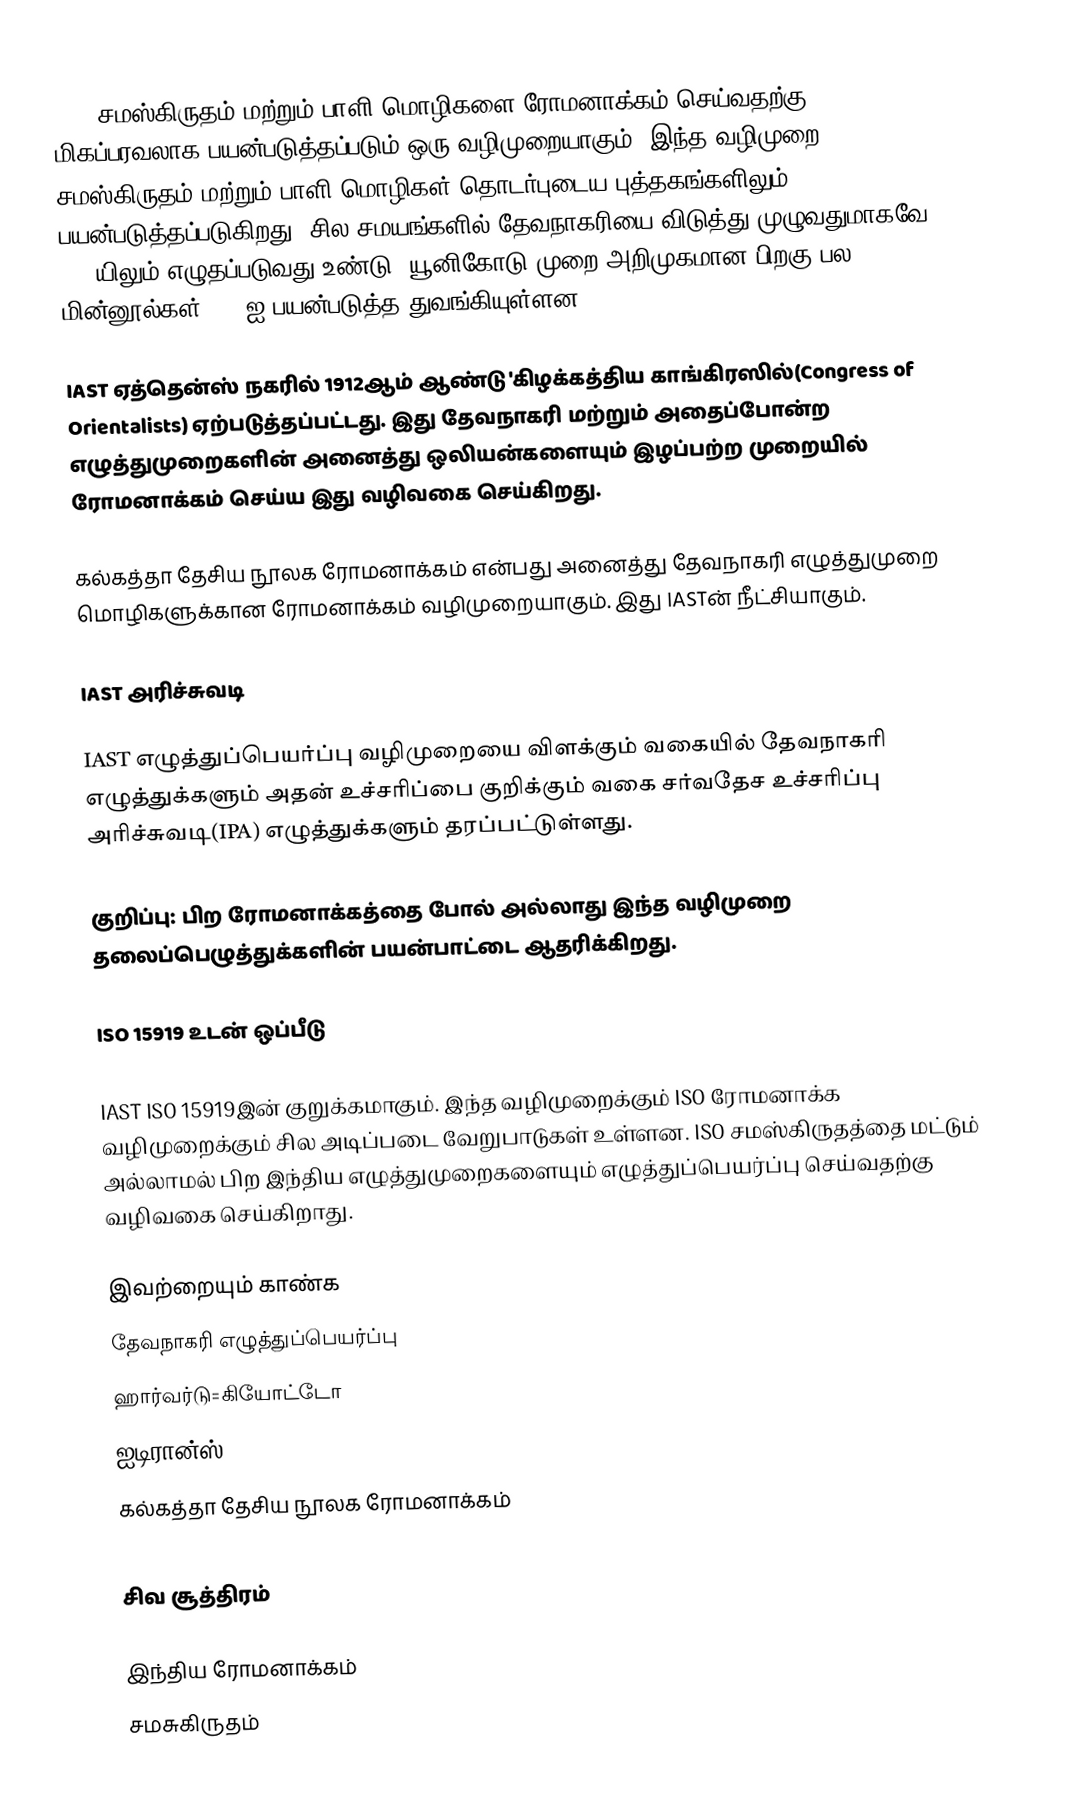
IAST சமஸ்கிருதம் மற்றும் பாளி மொழிகளை ரோமனாக்கம் செய்வதற்கு மிகப்பரவலாக பயன்படுத்தப்படும் ஒரு வழிமுறையாகும். இந்த வழிமுறை சமஸ்கிருதம் மற்றும் பாளி மொழிகள் தொடர்புடைய புத்தகங்களிலும் பயன்படுத்தப்படுகிறது. சில சமயங்களில் தேவநாகரியை விடுத்து முழுவதுமாகவே IASTயிலும் எழுதப்படுவது உண்டு. யூனிகோடு முறை அறிமுகமான பிறகு பல மின்னூல்கள் IASTஐ பயன்படுத்த துவங்கியுள்ளன.

IAST ஏத்தென்ஸ் நகரில் 1912ஆம் ஆண்டு 'கிழக்கத்திய காங்கிரஸில்(Congress of Orientalists) ஏற்படுத்தப்பட்டது. இது தேவநாகரி மற்றும் அதைப்போன்ற எழுத்துமுறைகளின் அனைத்து ஒலியன்களையும் இழப்பற்ற முறையில் ரோமனாக்கம் செய்ய இது வழிவகை செய்கிறது.

கல்கத்தா தேசிய நூலக ரோமனாக்கம் என்பது அனைத்து தேவநாகரி எழுத்துமுறை மொழிகளுக்கான ரோமனாக்கம் வழிமுறையாகும். இது IASTன் நீட்சியாகும்.

IAST அரிச்சுவடி

IAST எழுத்துப்பெயர்ப்பு வழிமுறையை விளக்கும் வகையில் தேவநாகரி எழுத்துக்களும் அதன் உச்சரிப்பை குறிக்கும் வகை சர்வதேச உச்சரிப்பு அரிச்சுவடி(IPA) எழுத்துக்களும் தரப்பட்டுள்ளது.

குறிப்பு: பிற ரோமனாக்கத்தை போல் அல்லாது இந்த வழிமுறை தலைப்பெழுத்துக்களின் பயன்பாட்டை ஆதரிக்கிறது.

ISO 15919 உடன் ஒப்பீடு

IAST ISO 15919இன் குறுக்கமாகும். இந்த வழிமுறைக்கும் ISO ரோமனாக்க வழிமுறைக்கும் சில அடிப்படை வேறுபாடுகள் உள்ளன. ISO சமஸ்கிருதத்தை மட்டும் அல்லாமல் பிற இந்திய எழுத்துமுறைகளையும் எழுத்துப்பெயர்ப்பு செய்வதற்கு வழிவகை செய்கிறாது.

இவற்றையும் காண்க
 தேவநாகரி எழுத்துப்பெயர்ப்பு
 ஹார்வர்டு=கியோட்டோ
 ஐடிரான்ஸ்
 கல்கத்தா தேசிய நூலக ரோமனாக்கம்
 ISO 15919
 சிவ சூத்திரம்

இந்திய ரோமனாக்கம்
சமசுகிருதம்